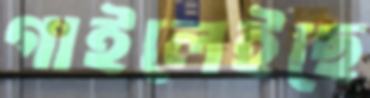
গাইলেইছে